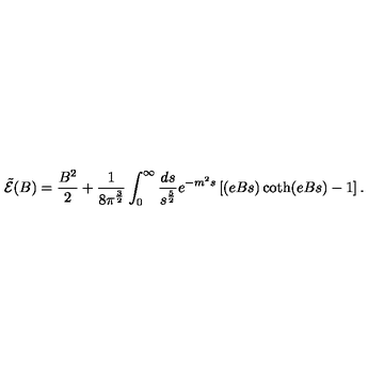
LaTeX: { \tilde { \cal { E } } } ( B ) = \frac { B ^ { 2 } } { 2 } + \frac { 1 } { 8 \pi ^ { \frac { 3 } { 2 } } } \int _ { 0 } ^ { \infty } \frac { d s } { s ^ { \frac { 5 } { 2 } } } e ^ { - m ^ { 2 } s } \left[ ( e B s ) \coth ( e B s ) - 1 \right] .